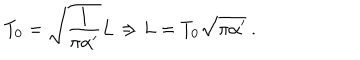
LaTeX: T _ { 0 } = \sqrt { \frac { 1 } { \pi \alpha ^ { \prime } } } L \Rightarrow L = T _ { 0 } \sqrt { \pi \alpha ^ { \prime } } \ .